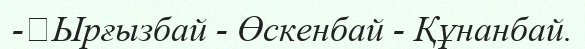
-	Ырғызбай - Өскенбай - Құнанбай.